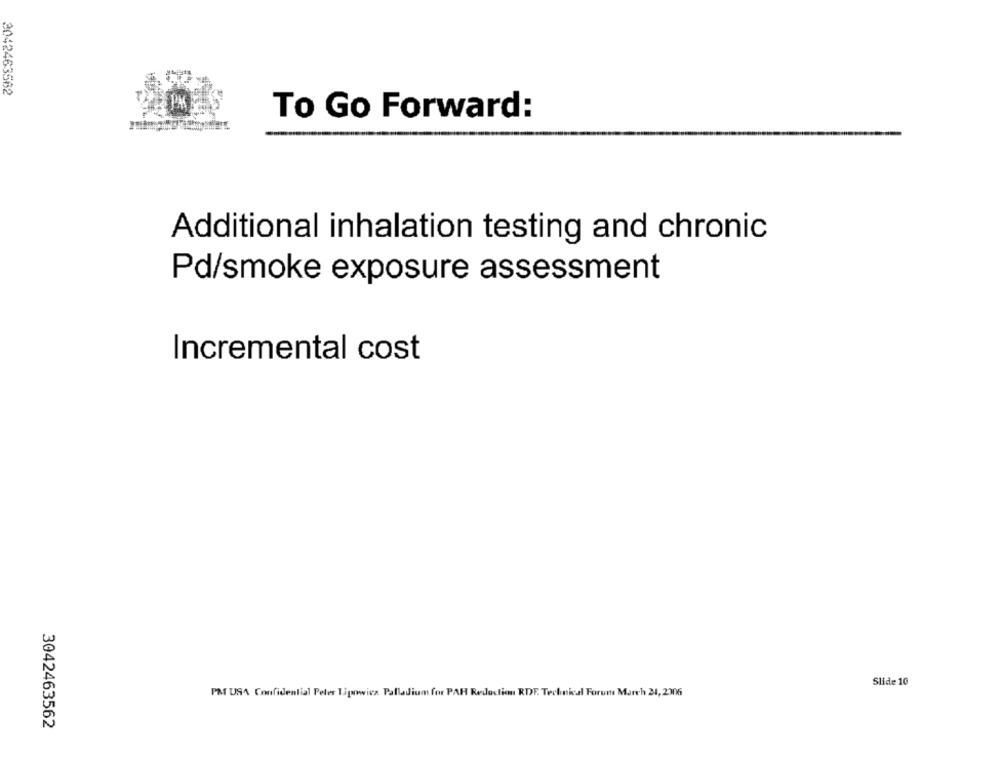
3042463562
PX
To Go Forward:
Additional inhalation testing and chronic
Pd/smoke exposure assessment
Incremental cost
Slide 10
PM USA Confidential Peler Tipowicz Palladium for PAR Redaction RDF. Technical Forum March 21, 2306
3042463562